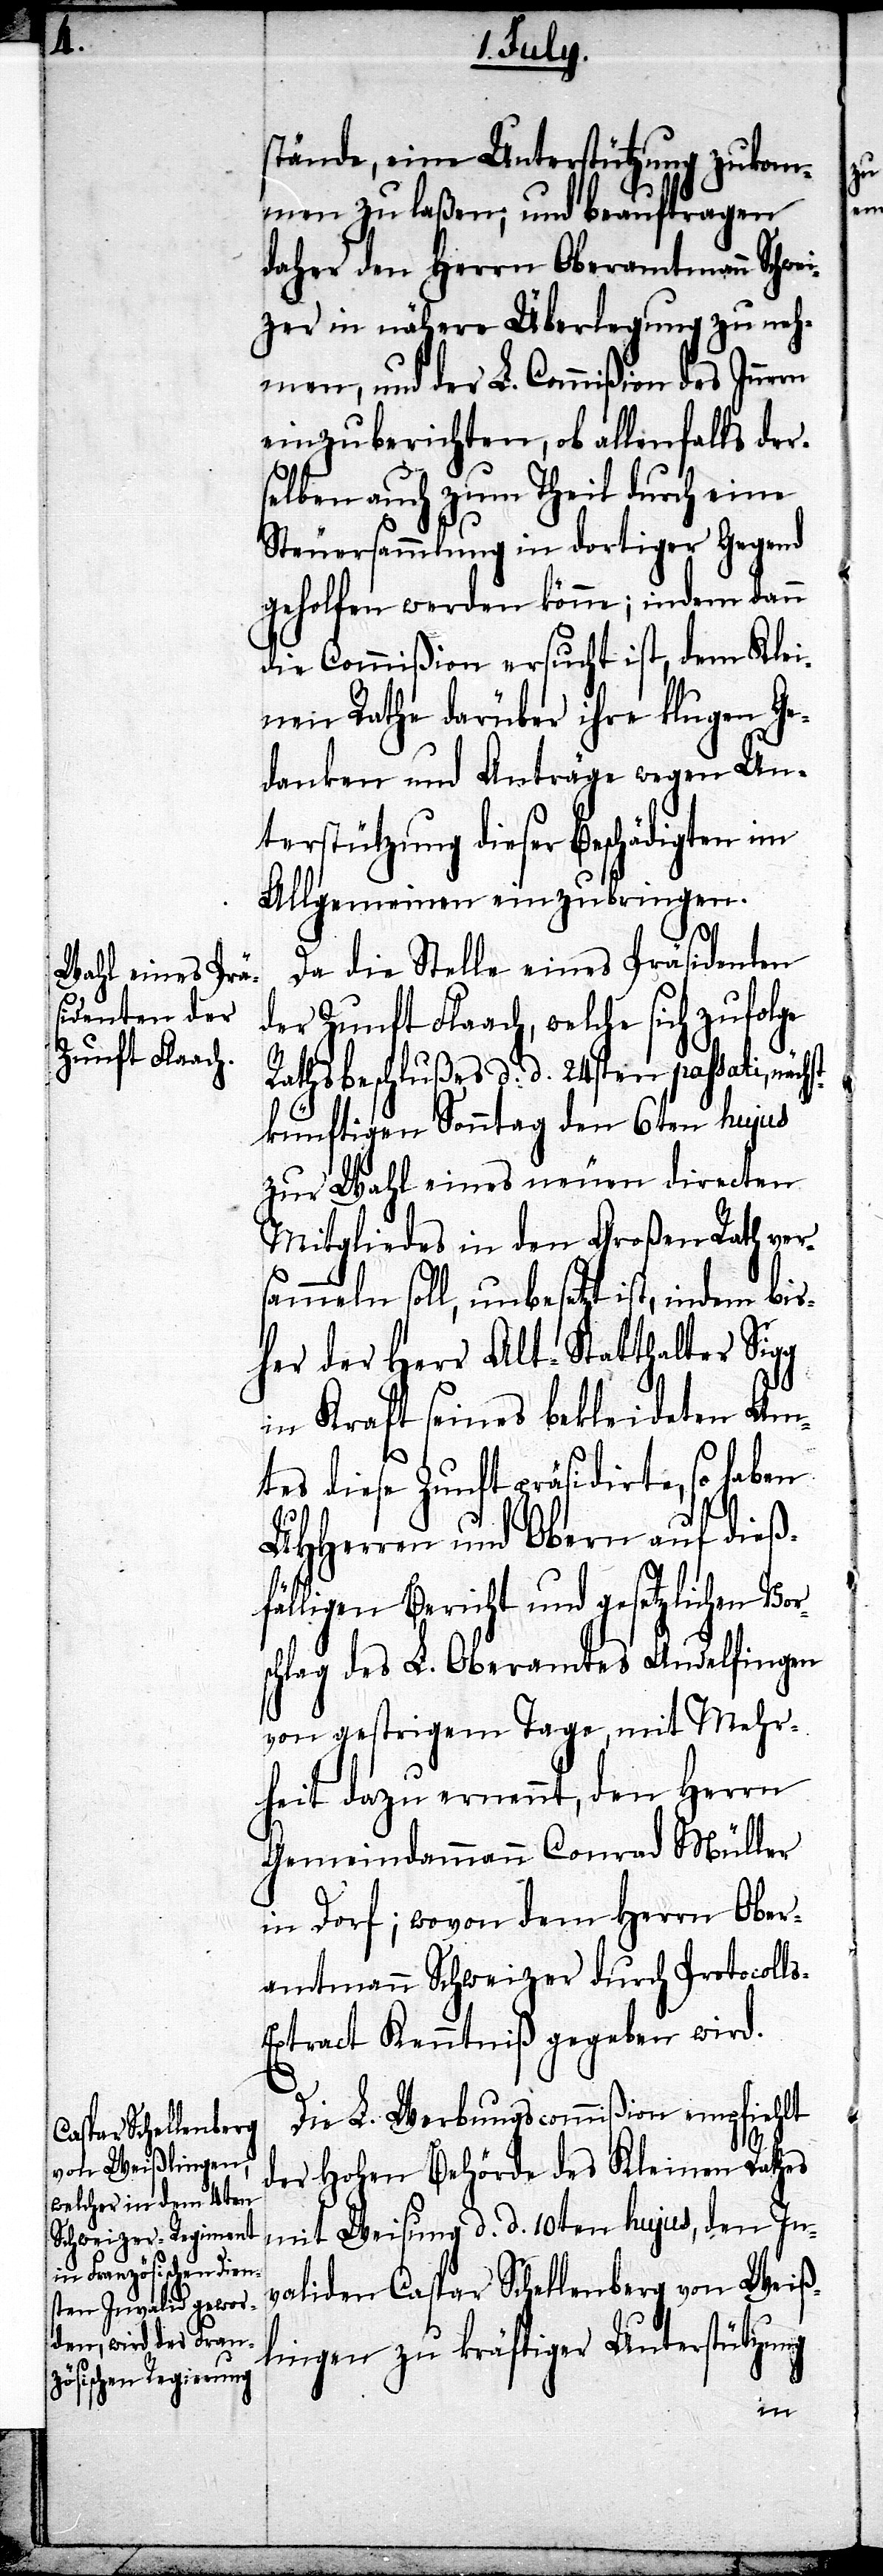
stände, eine Unterstützung zukom¬
men zu laßen, und beauftragten
daher den Herrn Oberamtmann Schwei¬
zer in nähere Überlegung zu neh¬
men, und der L. Commißion des Inne¬
einzuberichten, ob allenfalls der¬
selben auch zum Theil durch eine
Steuersammlung in dortiger Gegend
geholfen werden könne; indem dann
die Commißion ersucht ist, dem Klei¬
nen Rathe darüber ihre klugen Ge¬
danken und Anträge wegen Un¬
terstützung dieser Beschädigten im
Allgemeinen einzubringen.
Da die Stelle eines Präsidenten
der Zunft Flaach, welche sich zufolge
Rathsbeschlußes d. d. 24sten passati,
künftigen Sonntag den 6ten hujus
zur Wahl eines neuen directen
Mitgliedes in den Großen Rath ver¬
sammeln soll, unbesetzt ist, indem bis¬
her der Herr Alt-Statthalter Sigg
in Kraft seines bekleideten Am¬
tes diese Zunft präsidirte, so haben
UHHerren und Obern auf dieß¬
fälligen Bericht und gesetzlichen Vor¬
schlag des L. Oberamtes Andelfingen
von gestrigem Tage, mit Mehr¬
heit dazu ernennt, den Herrn
Gemeindammann Conrad Müller
in Dorf; wovon dem Herrn Ober¬
amtmann Schweizer durch Protocoll¬
xtract Kenntniß gegeben wird.
s-E¬
Die L. Werbungscommißion empfiehlt
der hohen Behörde des Kleinen Rathes
mit Weisung d. d. 10ten hujus, den In¬
validen Caspar Schellenberg von Weiß¬
lingen zu kräftiger Unterstützung
rn